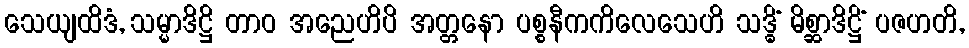
သေယျထိဒံ, သမ္မာဒိဋ္ဌိ တာဝ အညေဟိပိ အတ္တနော ပစ္စနီကကိလေသေဟိ သဒ္ဓိံ မိစ္ဆာဒိဋ္ဌိံ ပဇဟတိ,